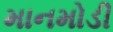
માનમોડી